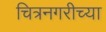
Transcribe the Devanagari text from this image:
चित्रनगरीच्या